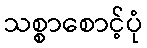
သစ္စာစောင့်ပုံ